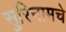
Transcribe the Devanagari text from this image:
सुरिनामचे